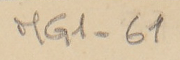
MG1-61